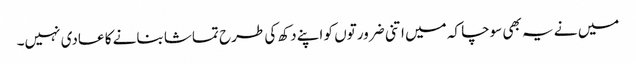
میں نے یہ بھی سوچا کہ میں اتنی ضرورتوں کو اپنے دکھ کی طرح تماشا بنانے کا عادی نہیں۔